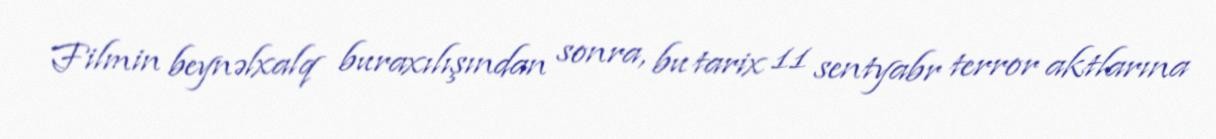
Filmin beynəlxalq buraxılışından sonra, bu tarix 11 sentyabr terror aktlarına